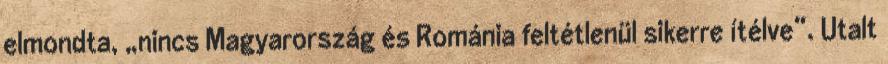
elmondta, „nincs Magyarország és Románia feltétlenül sikerre ítélve”. Utalt